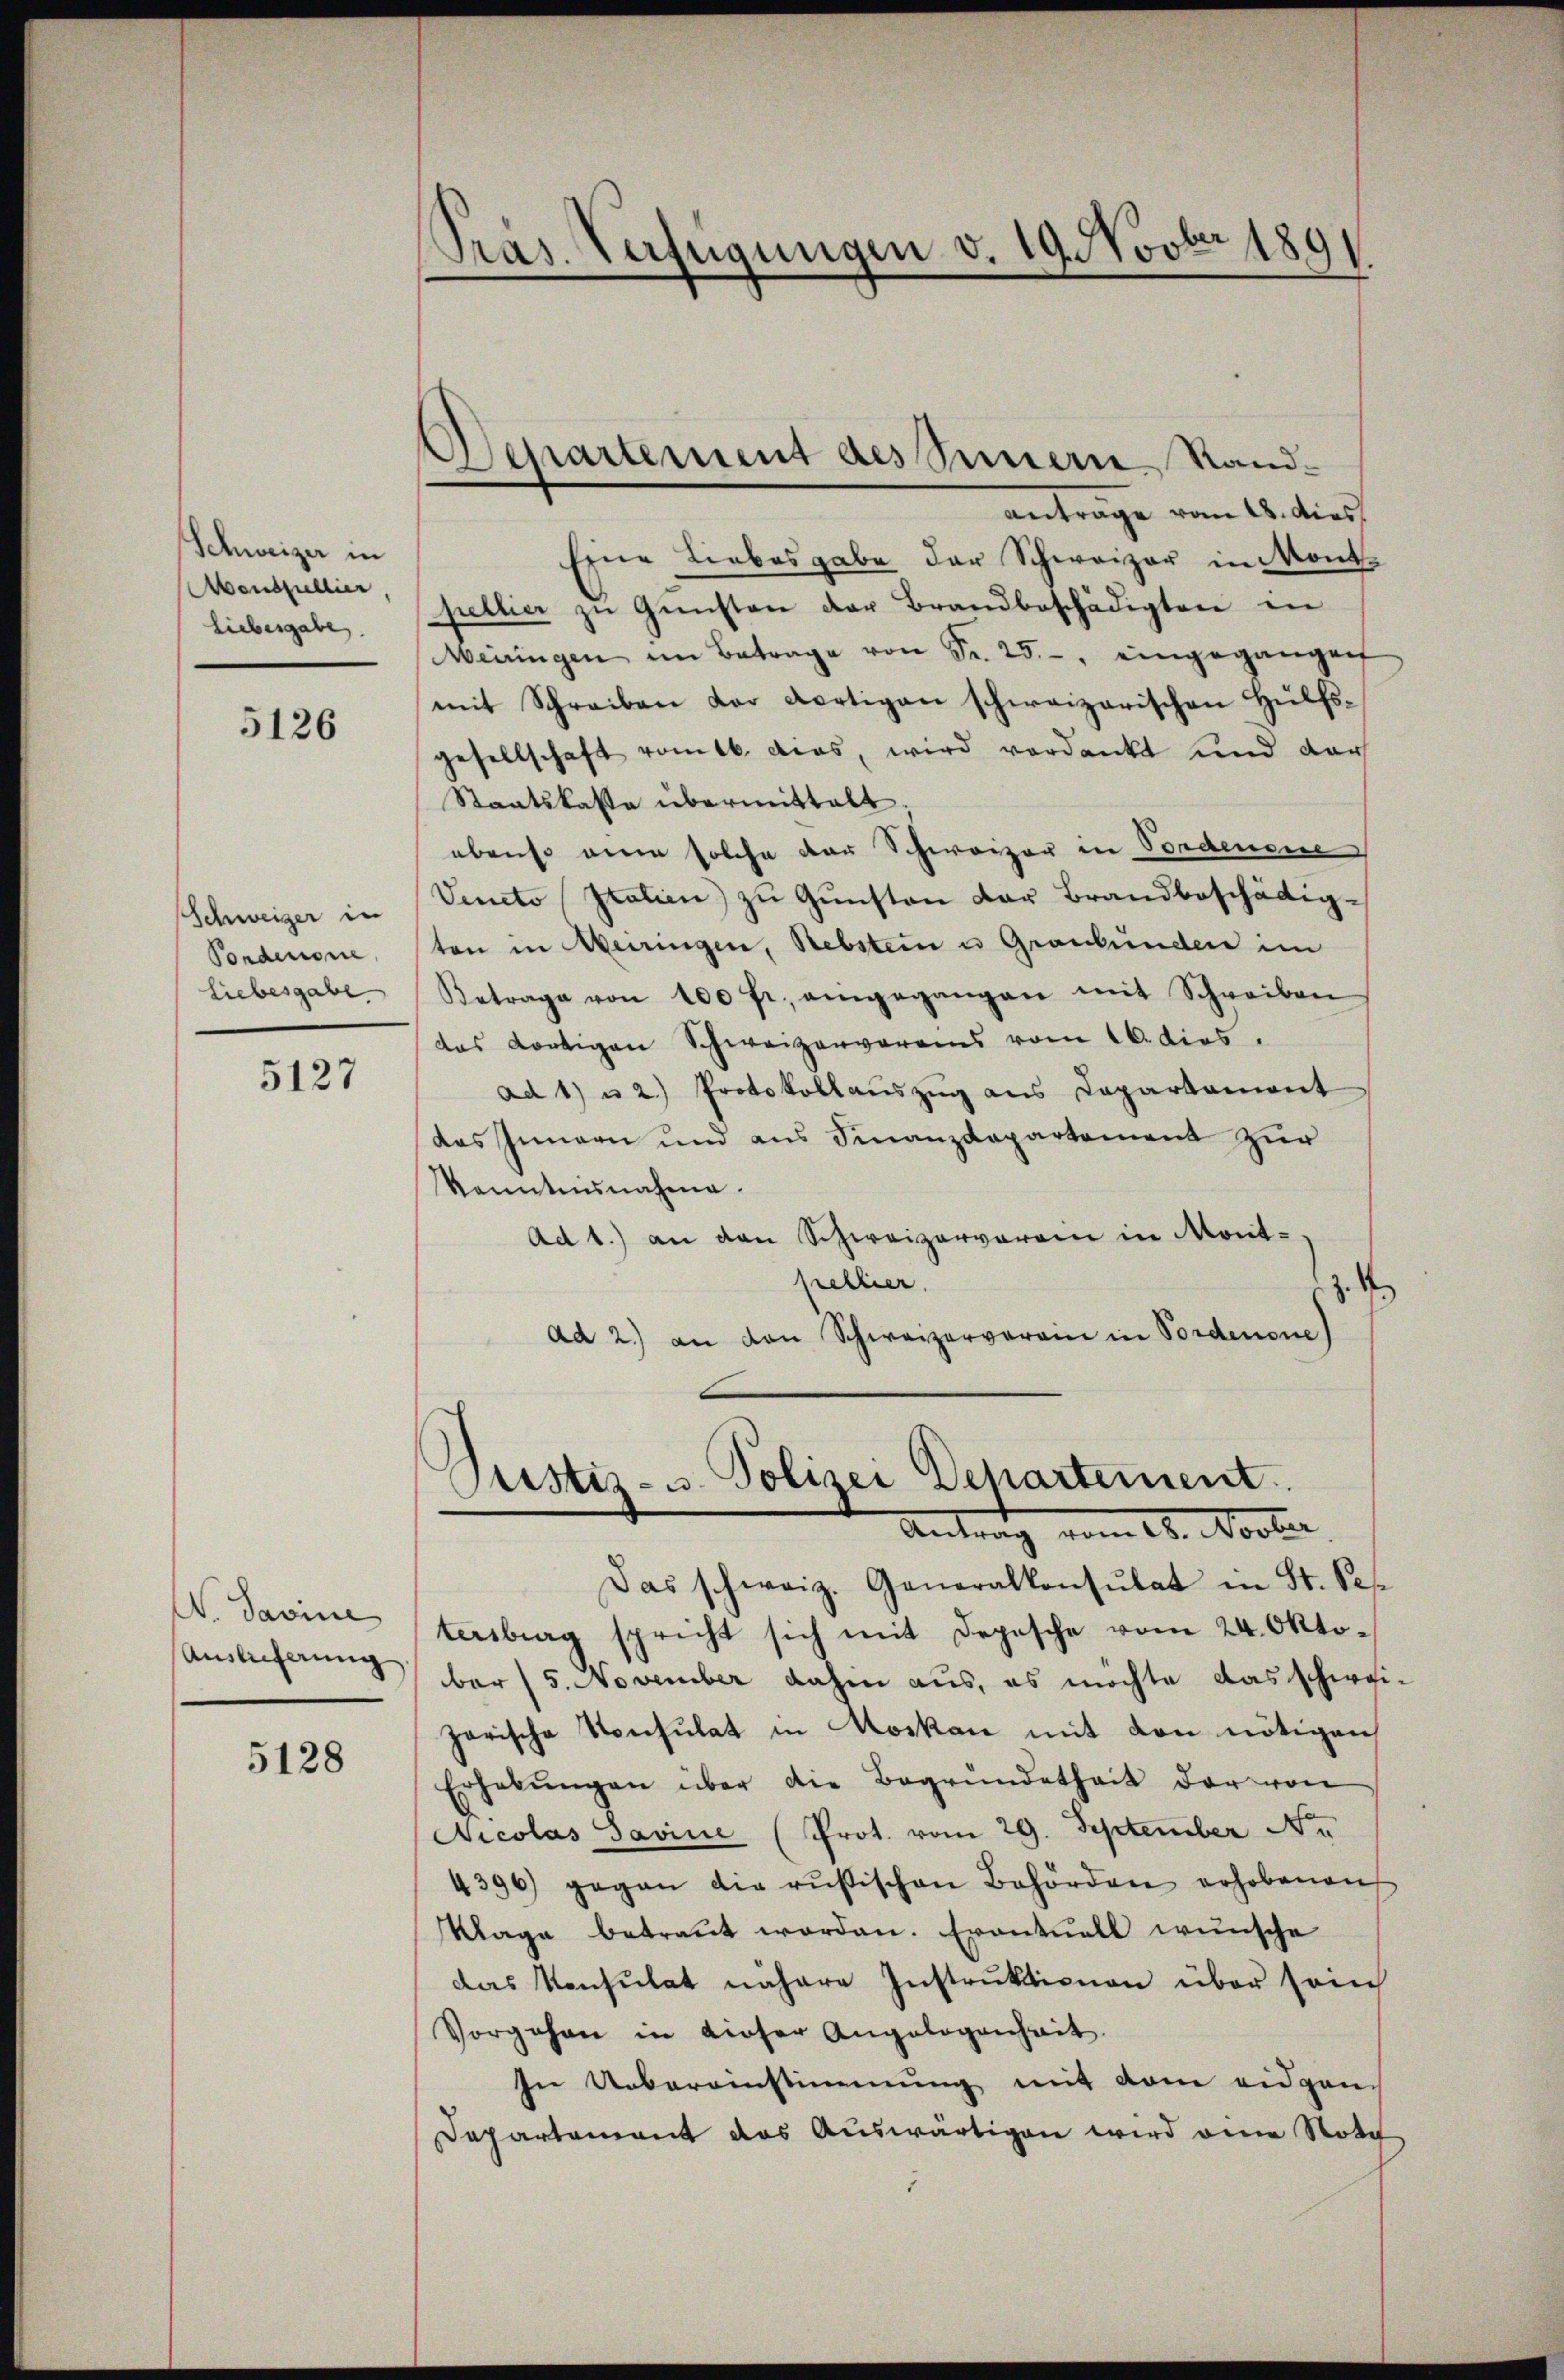
Schweizer in
Abendpellier,
Liebesgabe.

5126

Schweizer in
Ponderone,
liebesgabe

5127

G. Savine
Auslieferung

5128

Präs. Verfügungen v. 19. Novber 1891

Departement des Innern Rand¬

Antrage vom 18. dies
Eine Liebesgabe der Schweizer in Mont
pellier zŭ Gŭnsten der Brandbeschädigten in
Weiringen im Betrage von Fr. 25. eingegangen
mit Schreiben der dortigen schweizerischen Hülfs-
gesellschaft romtb. das, wird verdankt und dar
Staatskaste übermittelt;
ebenso ein solche der Schweizer in Vordenene
Vencto Italien zŭ Gŭnsten der Brandbeschädig-
ten in Meiringen, Rebstein u Graubünden im
Betrage von 100 fr. angegangen mit Schreiben
das dortigen Schweizervereins vom 16. dies
ad 1) u 2.) Protokollaŭszŭg ans Capartament
das Innern und aus Finanzdepartement zur
kanntnisnahme.
Ad 1.) an den Schweizerverein in Mont..
prellier.
e
ad 2.) an den Schweizerverein in Vordenone)
Pustiz- u. Polizei Departement
Antrag vom 18. Oester
Das schweiz. Generalkonsulat in St. Se
tersburg spricht sich mit Depesche vom 24. Oktobar (5. November dahin aus, es möchte das schwei-
zarische Konsulat in Moskau mit den nötigen
Erhebŭngen über die Begründetheit der von
Nicolas Savine (Prot. vom 29. September No
4396) gegen die rusischen Behörden erhobenen
Klage betraut worden. Eventuell wünsche
das Konsulat nähere Instrŭktionen über sein
Vorgehen in dieser Angelogenheit.
In Uebereinstimmung mit dem eidgen
Departement das Auswärtigen wird eine Note